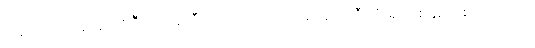
အရုပ်ရောင်းချသူတစ်ဦးက ဖန်တီးသည်အထိပင် ဆေးရုံအသီးသီးရှိ တစ်နှစ်တစ်ကြိမ်ထုတ်